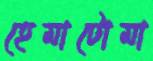
হেমাটোমা